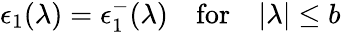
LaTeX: \epsilon_{1}(\lambda)=\epsilon_{1}^{-}(\lambda)\quad\mathrm{for}\quad|\lambda|\leq b